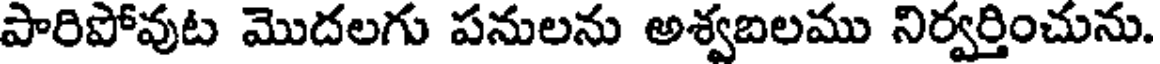
పారిపోవుట మొదలగు పనులను అశ్వబలము నిర్వర్తించును.